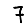
Digit: 7